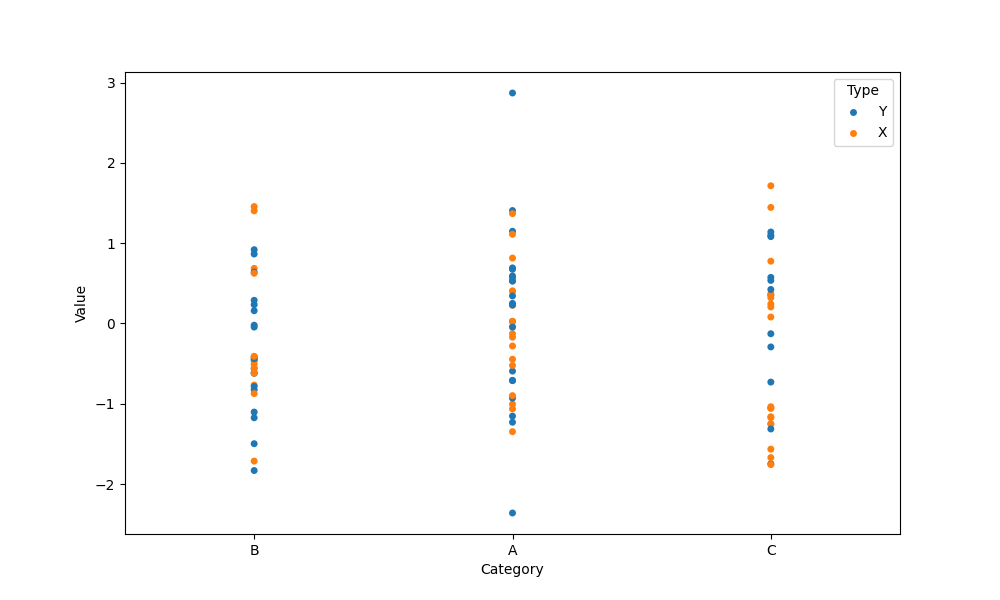
python, seaborn, stripplot, jitter=False, dodge=False, alpha=1.0, size=5